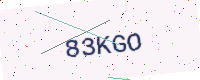
Text: 83KGO